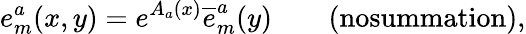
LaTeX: {e_{m}^{a}(x,y)=e^{A_{a}(x)}\overline{{{e}}}_{m}^{a}(y)\qquad\textrm{(nosummation),}}